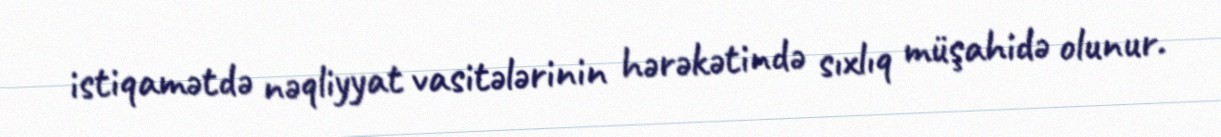
istiqamətdə nəqliyyat vasitələrinin hərəkətində sıxlıq müşahidə olunur.